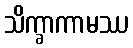
သိက္ခာကာမဿ